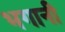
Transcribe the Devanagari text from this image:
भगानी